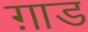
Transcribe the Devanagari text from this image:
ग़ाड